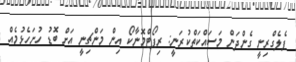
ޕެލެގްރިނީ ގެންދަން މަސައްކަތްކުރަނީ: ރިޕޯޓްމޮނާކޯ އިން މަންޗިނީ އަށް ބޮޑު ހުށަހެޅުމެއް